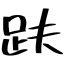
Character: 趺